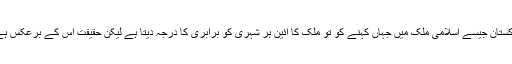
پاکستان جیسے اسلامی ملک میں جہاں کہنے کو تو ملک کا آئین ہر شہری کو برابری کا درجہ دیتا ہے لیکن حقیقت اِس کے برعکس ہے۔